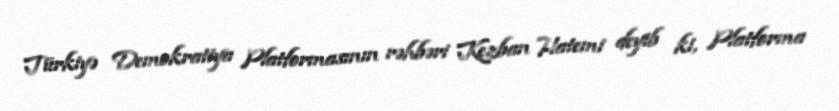
Türkiyə Demokratiya Platformasının rəhbəri Kezban Hatemi deyib ki, Platforma